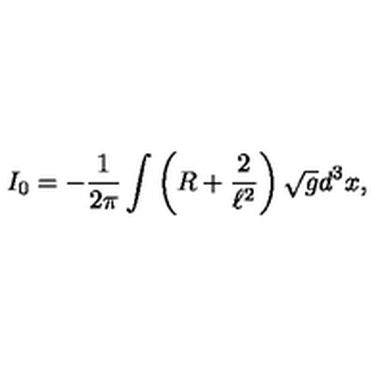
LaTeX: I _ { 0 } = - \frac { 1 } { 2 \pi } \int \left( R + \frac { 2 } { \ell ^ { 2 } } \right) \sqrt { g } d ^ { 3 } x ,